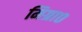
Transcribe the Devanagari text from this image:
मिग्रा०